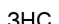
ЗНС